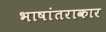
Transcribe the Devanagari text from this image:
भाषांतराकार